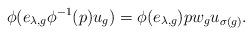
LaTeX: \begin{align*}\phi(e_{\lambda,g} \phi^{-1}(p)u_g)=\phi(e_{\lambda,g})pw_gu_{\sigma(g)}.\end{align*}